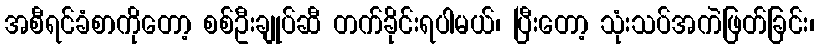
အစီရင်ခံစာကိုတော့ စစ်ဦးချုပ်ဆီ တက်ခိုင်းရပါမယ်၊ ပြီးတော့ သုံးသပ်အကဲဖြတ်ခြင်း၊